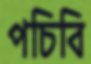
পচিবি